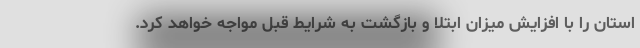
استان را با افزایش میزان ابتلا و بازگشت به شرایط قبل مواجه خواهد کرد.